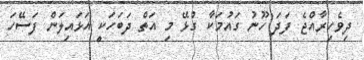
ދިވެހިރާއްޖެ ފަދަ ހޫނު ގައުމަކާ ގުޅޭ މި އަތް ދަބަަހަކީ އަޅައިލަން ފަސޭހަ